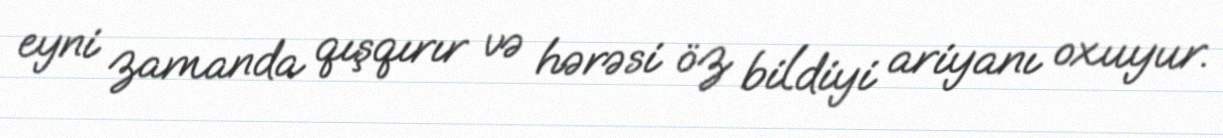
eyni zamanda qışqırır və hərəsi öz bildiyi ariyanı oxuyur.